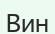
Вин